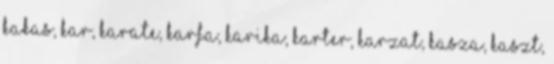
KAKAS, KAR, KARATE, KARFA, KARIKA, KARTER, KARZAT, KASZA, KASZT,